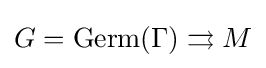
G=\mathrm {Germ} (\Gamma )\rightrightarrows M